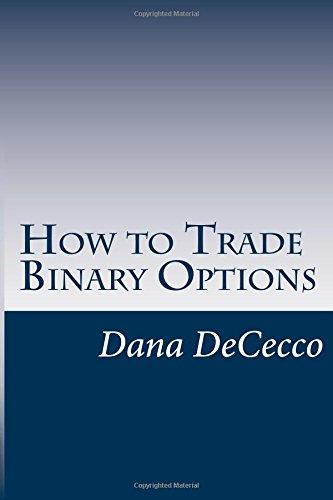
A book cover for How to Trade Binary Options; Dana DeCecco; Business & Money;